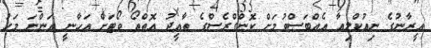
އީރާނުގެ ނިއުކްލިއާ އެއްބަސްވުމަށް ކޮންގްރެސްގެ ތާއީދު އޮތްތޯ ވޯޓަށް އަހާނީ އަންނަ މަހު